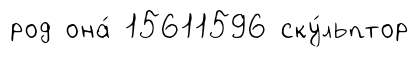
род она́ 15611596 ску́льптор